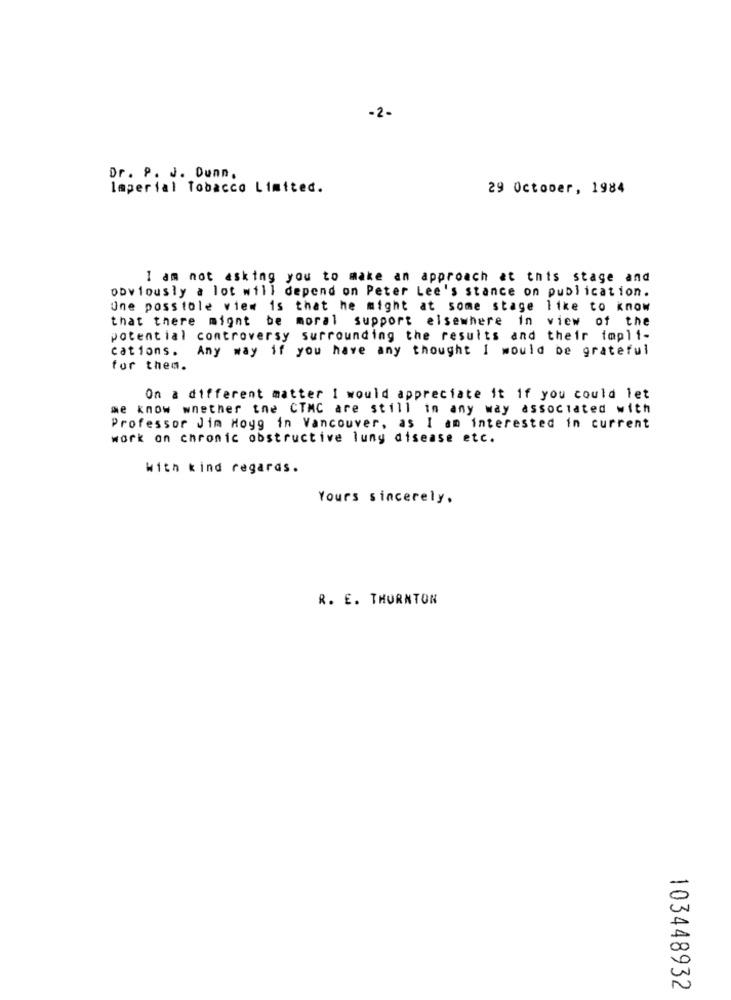
-2-
Dr. P. J. Dunn.
Imperial Tobacco Limited.
29 October, 1984
1 am not asking you to make an approach at this stage and
obviously a lot will depend on Peter Lee's stance on publication.
Une posstole view is that he might at some stage like to know
that there might be moral support elsewhere in view of the
potential controversy surrounding the results and their impli-
cations. Any way if you have any thought I would be grateful
for them.
On a different matter I would appreciate it if you could let
we know whether tne CTMC are still in any way associated with
Professor Jim Hoyg in Vancouver, as I am interested in current
work on chronic obstructive lung disease etc.
With kind regards.
Yours sincerely.
R. E. THORNTON
103448932